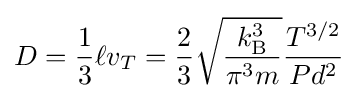
D={\frac {1}{3}}\ell v_{T}={\frac {2}{3}}{\sqrt {\frac {k_{\rm {B}}^{3}}{\pi ^{3}m}}}{\frac {T^{3/2}}{Pd^{2}}}